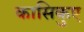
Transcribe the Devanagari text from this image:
कासिकुए